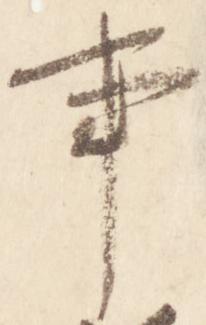
事